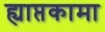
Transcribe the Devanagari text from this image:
ह्याप्तकामा